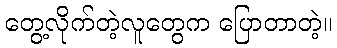
တွေ့လိုက်တဲ့လူတွေက ပြောတာတဲ့။